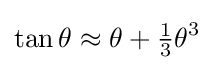
\tan \theta \approx \theta +{\tfrac {1}{3}}\theta ^{3}